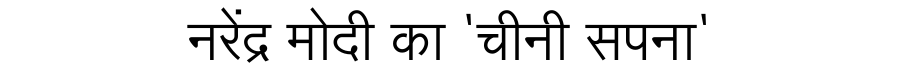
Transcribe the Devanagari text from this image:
नरेंद्र मोदी का 'चीनी सपना'